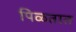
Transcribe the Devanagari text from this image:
पिळतात